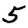
Digit: 5